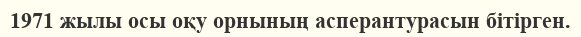
1971 жылы осы оқу орнының асперантурасын бітірген.